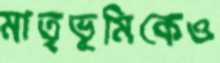
মাতৃভূমিকেও